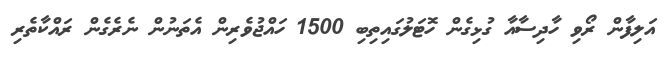
އަލިފާން ރޯވި ހާދިސާއާ ގުޅިގެން ހޮޓަލުގައިތިބި 1500 ހައްޖުވެރިން އެތަނުން ނެރެގެން ރައްކާތެރި